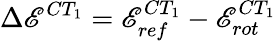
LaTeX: \Delta\mathscr{E}^{CT_{1}}=\mathscr{E}_{ref}^{CT_{1}}-\mathscr{E}_{rot}^{CT_{1}}